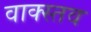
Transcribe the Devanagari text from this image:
वाक्स्तव